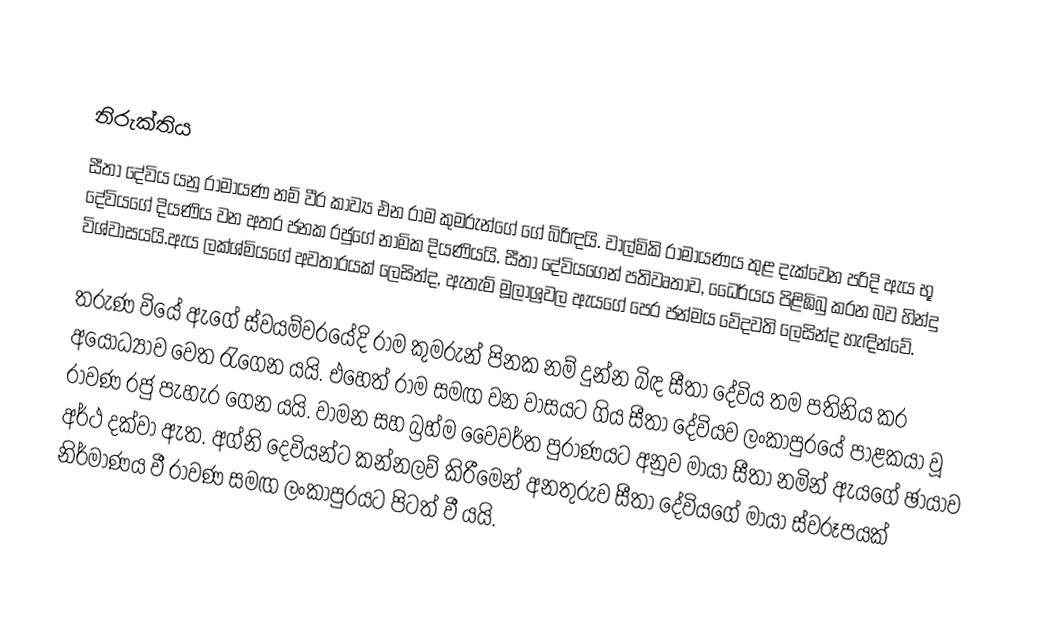

නිරුක්තිය
සීතා දේවිය යනු රාමායණ නම් වීර කාව්‍ය එන රාම කුමරුන්ගේ ගේ බිරිඳයි. වාල්මිකි රාමායණය තුළ දැක්වෙන පරිදි ඇය භූ දේවියගේ දියණිය වන අතර ජනක රජුගේ නාමික දියණියයි. සීතා දේවියගෙන් පතිවෘතාව, ධෛර්යය පිළිඹිබු කරන බව හින්දු විශ්වාසයයි.ඇය ලක්ශ්මියගේ අවතාරයක් ලෙසින්ද, ඇතැම් මූලාශ්‍රවල ඇයගේ පෙර ජන්මය වේදවති ලෙසින්ද හැඳින්වේ.

තරුණ වියේ ඇගේ ස්වයම්වරයේදි රාම කුමරුන් පිනක නම් දුන්න බිඳ සීතා දේවිය තම පතිනිය කර අයෝධ්‍යාව වෙත රැගෙන යයි. එහෙත් රාම සමඟ වන වාසයට ගිය සීතා දේවියව ලංකාපුරයේ පාළකයා වූ රාවණ රජු පැහැර ගෙන යයි. වාමන සහ බ්‍රහ්ම වෛවර්ත පුරාණයට අනුව මායා සීතා නමින් ඇයගේ ඡායාව අර්ථ දක්වා ඇත. අග්නි දෙවියන්ට කන්නලව් කිරීමෙන් අනතුරුව සීතා දේවියගේ මායා ස්වරූපයක් නිර්මාණය වී රාවණ සමඟ ලංකාපුරයට පිටත් වී යයි.